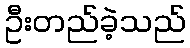
ဦးတည်ခဲ့သည်